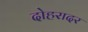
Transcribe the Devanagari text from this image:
दोहरादर